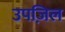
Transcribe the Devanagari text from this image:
उपज़िल